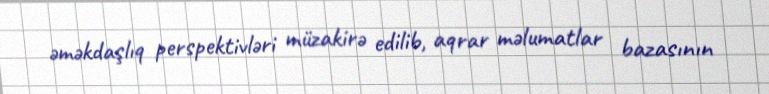
əməkdaşlıq perspektivləri müzakirə edilib, aqrar məlumatlar bazasının